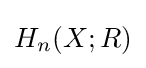
H_{n}(X;R)